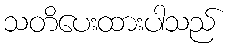
သတိပေးထားပါသည်